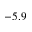
- 5 . 9